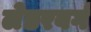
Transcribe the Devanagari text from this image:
लेडरबर्ग